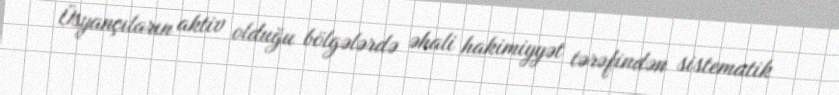
Üsyançıların aktiv olduğu bölgələrdə əhali hakimiyyət tərəfindən sistematik